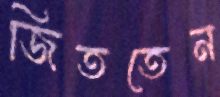
জিততেন